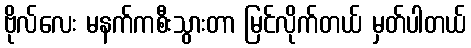
ဗိုလ်လေး မနက်ကစီးသွားတာ မြင်လိုက်တယ် မှတ်ပါတယ်